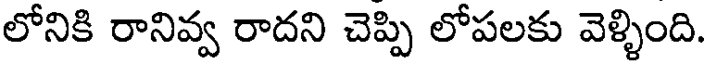
లోనికి రానివ్వ రాదని చెప్పి లోపలకు వెళ్ళింది.